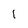
Character: 1